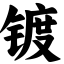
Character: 镀